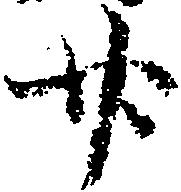
廿